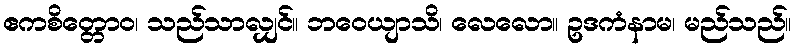
ဧကစိတ္တောဝ၊ သည်သာလျှင်။ ဘဝေယျာသိ၊ လေလော။ ဥဒကံနာမ၊ မည်သည်။